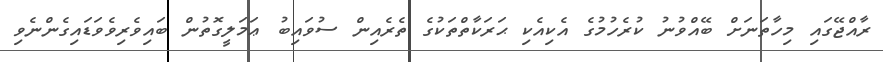
ރާއްޖޭގައި މިހާތަނަށް ބޭއްވުނު ކުރެހުމުގެ އެކިއެކި ޙަރަކާތްތަކުގެ ތެރެއިން ސުވައިބު ޢަމަލީގޮތުން ބައިވެރިވެވަޑައިގެންނެވި